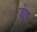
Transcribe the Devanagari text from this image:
ज़ोथ